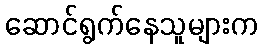
ဆောင်ရွက်နေသူများက